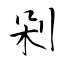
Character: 剁